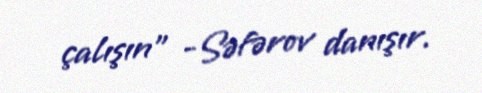
çalışın” -Səfərov danışır.